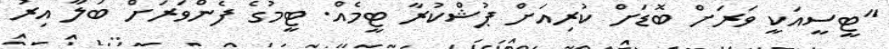
"ޓީސީއަކީ ވަރަށް ބޮޑަށް ކުރިއަށް ޕުޝްކުރާ ޓީމެއް. ޓީމުގެ ފެންވަރަށް ބަލާ އިރު